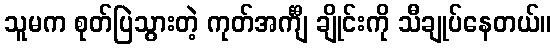
သူမက စုတ်ပြဲသွားတဲ့ ကုတ်အင်္ကျီ ချိုင်းကို သီချုပ်နေတယ်။